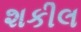
શકીલ